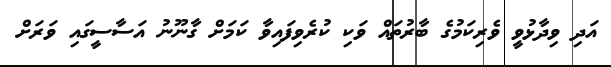
އަދި ވިދާޅުވީ ވެރިކަމުގެ ބާރުތައް ވަކި ކުރެވިފައިވާ ކަމަށް ގާނޫނު އަސާސީގައި ވަރަށް